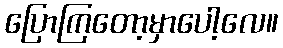
ပြောကြတော့မှာပေါ့လေ။